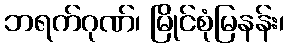
ဘရက်ဂုဏ်၊ မြိုင်စုံမြနန်း၊